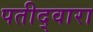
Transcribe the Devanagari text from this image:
पतीद्वारा